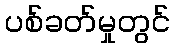
ပစ်ခတ်မှုတွင်